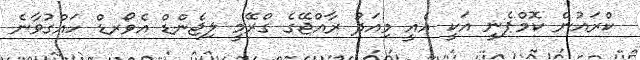
ކްރައުން ކޮމްޕެނީ އަކީ އެއީ މިއަދު ރާއްޖޭގެ ގްރޭމީ ލިޖެންޑް އެވޯރޑް ހައްގުވާނެ